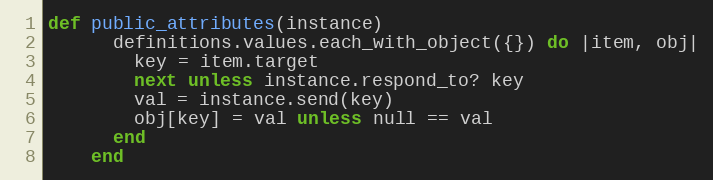
Language: Ruby
def public_attributes(instance)
      definitions.values.each_with_object({}) do |item, obj|
        key = item.target
        next unless instance.respond_to? key
        val = instance.send(key)
        obj[key] = val unless null == val
      end
    end